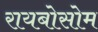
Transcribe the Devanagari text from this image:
रायबोसोम